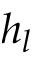
h _ { l }